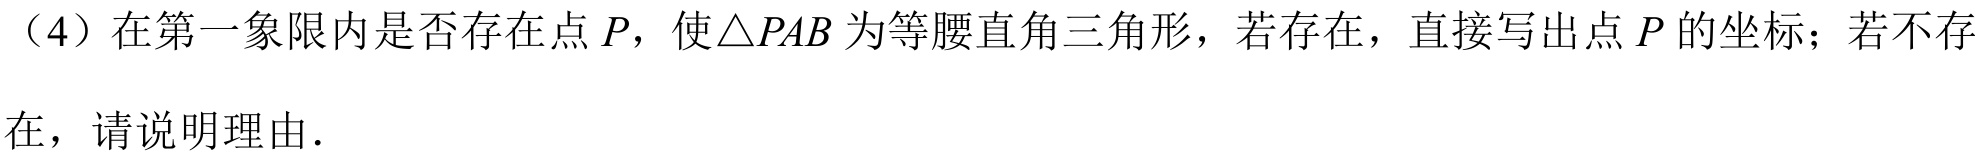
（4）在第一象限内是否存在点\(P\)，使\(\triangle PAB\)为等腰直角三角形，若存在，直接写出点\(P\)的坐标；若不存
在，请说明理由．